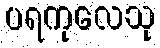
ပရကုလေသု